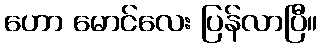
ဟော မောင်လေး ပြန်လာပြီ။